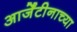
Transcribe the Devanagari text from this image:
आर्जेंटीनाच्या